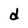
Character: d